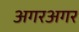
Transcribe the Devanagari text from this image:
अगरअगर